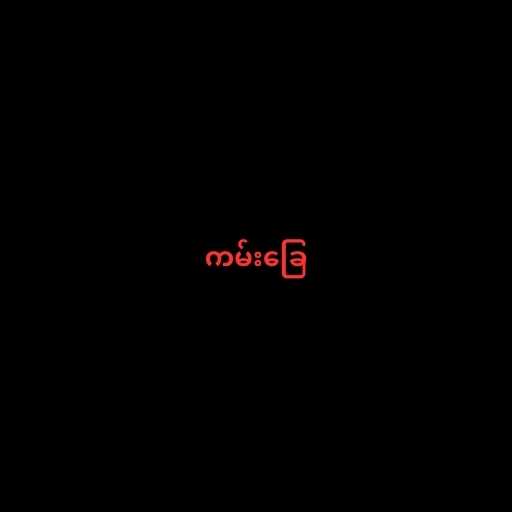
ကမ်းခြေ